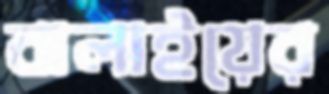
বালাইয়ের